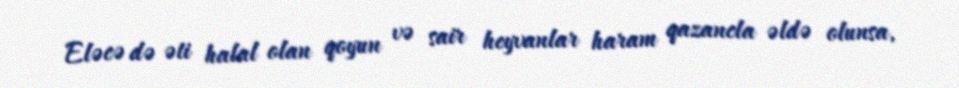
Eləcə də əti halal olan qoyun və sair heyvanlar haram qazancla əldə olunsa,